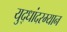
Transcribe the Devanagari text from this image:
युद्धांदरम्यान